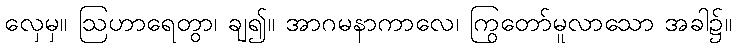
လှေမှ။ ဩဟာရေတွာ၊ ချ၍။ အာဂမနာကာလေ၊ ကြွတော်မူလာသော အခါ၌။